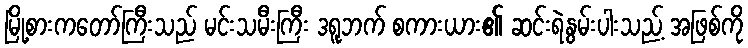
မြို့စားကတော်ကြီးသည် မင်းသမီးကြီး ဒရူဘက် စကားယား၏ ဆင်းရဲနွမ်းပါးသည့် အဖြစ်ကို